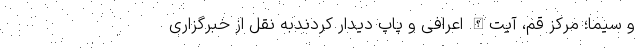
و سیما؛ مرکز قم، آیت‌الله اعرافی و پاپ دیدار کردندبه نقل از خبرگزاری